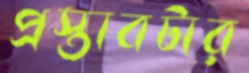
প্রস্তাবটার